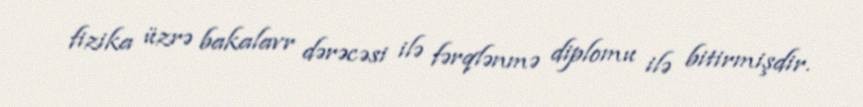
fizika üzrə bakalavr dərəcəsi ilə fərqlənmə diplomu ilə bitirmişdir.